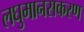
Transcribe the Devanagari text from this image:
लघुमानसकरण